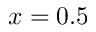
x = 0 . 5